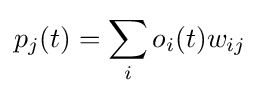
p_{j}(t)=\sum _{i}o_{i}(t)w_{ij}